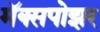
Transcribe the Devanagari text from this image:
मॅक्सपोझर